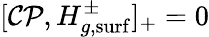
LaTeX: [\mathcal{CP},H_{g,\mathrm{surf}}^{\pm}]_{+}=0